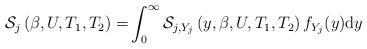
LaTeX: \begin{align*}\mathcal{S}_{j}\left(\beta,U,T_{1},T_{2}\right)=&\int_{0}^{\infty}\mathcal{S}_{j,Y_{j}}\left(y,\beta,U,T_{1},T_{2}\right)f_{Y_{j}}(y){\rm d}y\end{align*}